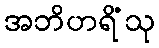
အဘိဟရိံသု